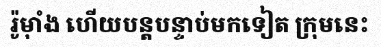
រ៉ូម៉ាំង ហើយបន្តបន្ទាប់មកទៀត ក្រុមនេះ